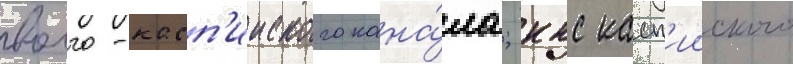
волго-касп'ииского кана́ла; ккс касп'ииского